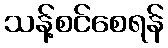
သန့်စင်စေရန်